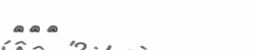
١٣٢